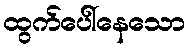
ထွက်ပေါ်နေသော